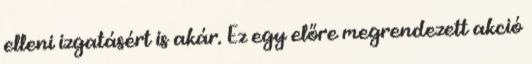
elleni izgatásért is akár. Ez egy előre megrendezett akció